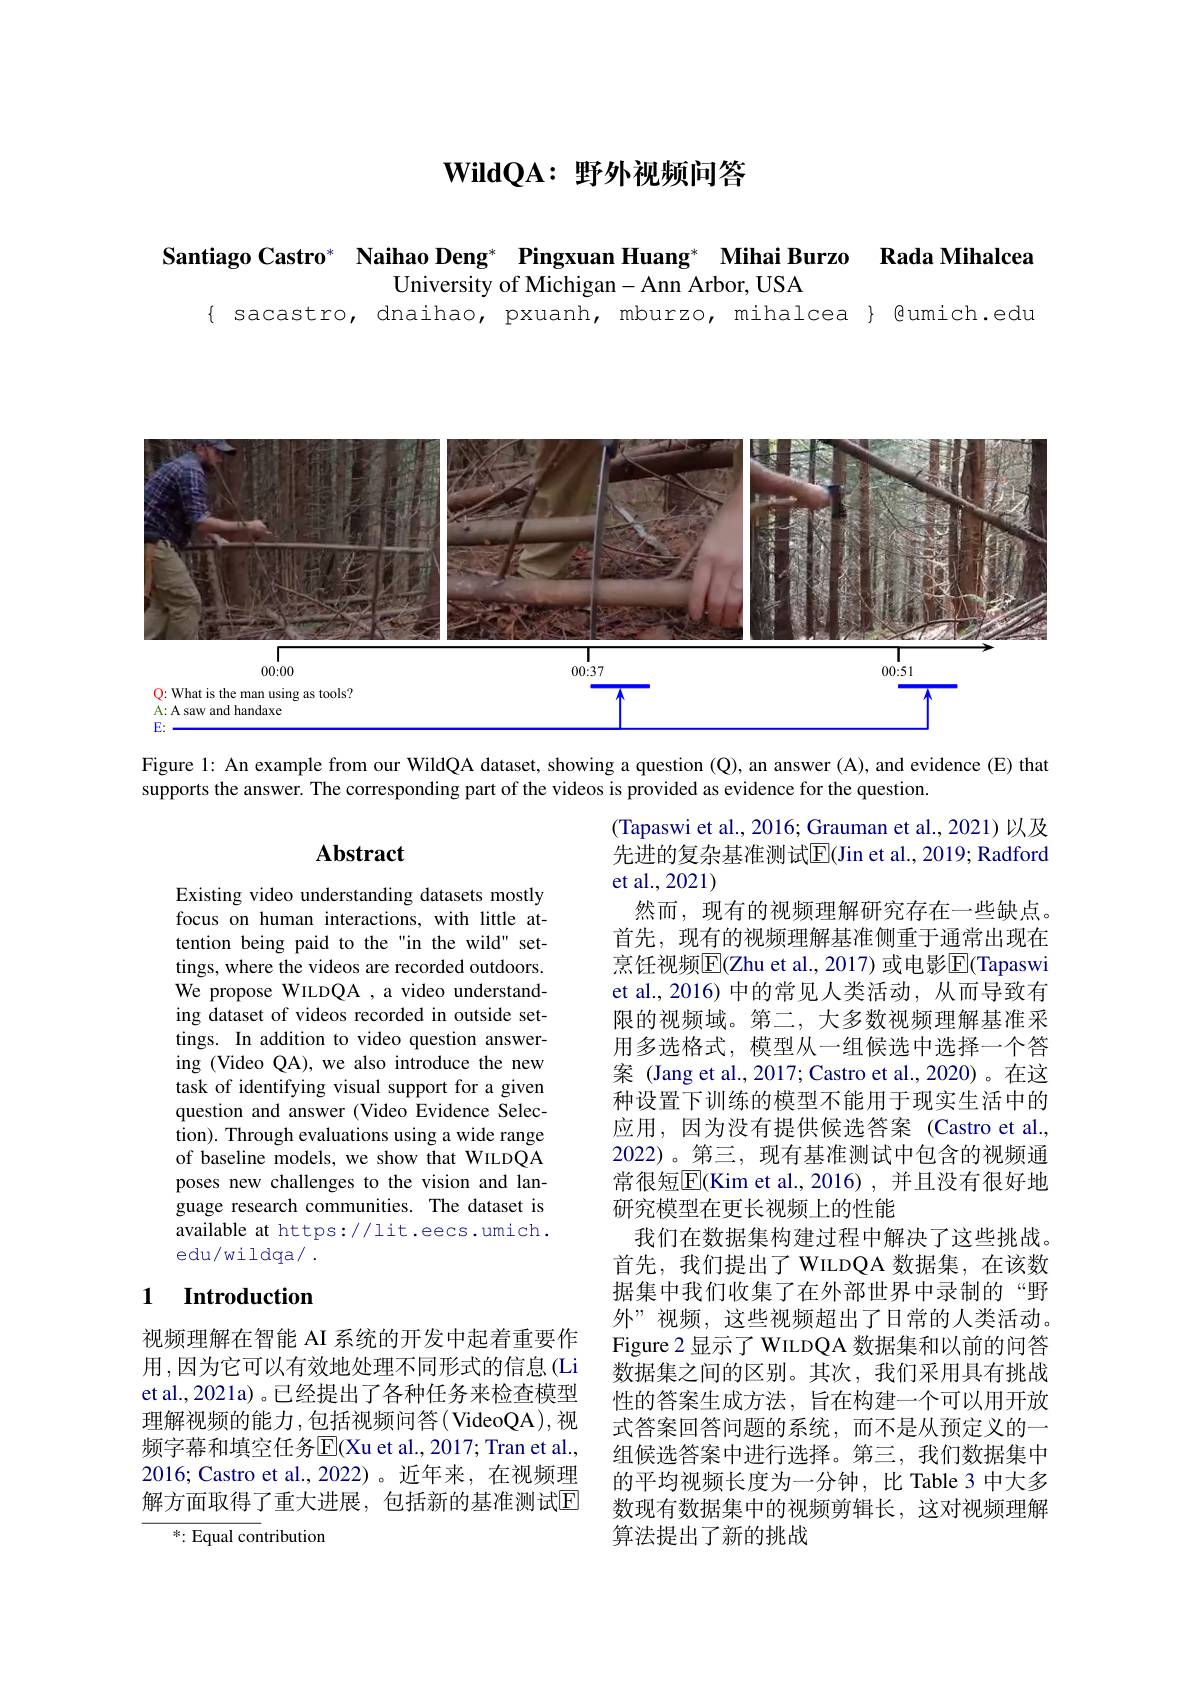
$\mathbf{WildQA:~野外视频问答}$

Rada Mihalcea

Santiago Castro$^*$ $\textbf{Naihao Deng}^*$ $\textbf{Pingxuan Huang}^*$ $\textbf{Mihai Burzo}$

$\bar{\text{University of Michigan-Ann Arbor, USA}}$
$\{ sacastro, dnaihao, pxuanh, mburzo, mihalcea Qumich.edu$

<FigureHere>

Figure l: An example from our WildQA dataset, showing a question (Q), an answer (A), and evidence (E) that
supports the answer. The corresponding part of the videos is provided as evidence for the question.

## Abstract

Existing video understanding datasets mostly focus on human interactions, with little attention being paid to the"in the wild" settings, where the videos are recorded outdoors. We propose WILDQA ,a video understanding dataset of videos recorded in outside settings. In addition to video question answering (Video QA),we also introduce the new task of identifying visual support for a given question and answer (Video Evidence Selection). Through evaluations using a wide range of baseline models, we show that WILDQA poses new challenges to the vision and language research communities. The dataset is available at https://lit.eecs.umich. edu/wildqa/ .

(Tapaswi et al., 2016; Grauman et al., 2021) 以及先进的复杂基准测试$\overline{\mathrm{E}}($Jin et al., 2019; Radford et al.,2021)
然而，现有的视频理解研究存在一些缺点。首先，现有的视频理解基准侧重于通常出现在烹饪视频$\overline{\mathrm{E}}$(Zhu et al., 2017) 或电影$\overline{\mathrm{E}}$(Tapaswi et al., 2016) 中的常见人类活动，从而导致有限的视频域。第二，大多数视频理解基准采用多选格式，模型从一组候选中选择一个答案 (Jang et al., 2017; Castro et al., 2020)。在这种设置下训练的模型不能用于现实生活中的应用，因为没有提供候选答案(Castro et al. 2022)。第三，现有基准测试中包含的视频通常很短$\overline{\mathrm{E}}($Kim et al.,2016),并且没有很好地研究模型在更长视频上的性能
我们在数据集构建过程中解决了这些挑战。首先，我们提出了 WILDQA 数据集，在该数据集中我们收集了在外部世界中录制的“野外”视频，这些视频超出了日常的人类活动。Figure 2 显示了 WILDQA 数据集和以前的问答数据集之间的区别。其次，我们采用具有挑战性的答案生成方法，旨在构建一个可以用开放式答案回答问题的系统，而不是从预定义的一组候选答案中进行选择。第三，我们数据集中的平均视频长度为一分钟，比 Table 3 中大多数现有数据集中的视频剪辑长，这对视频理解算法提出了新的挑战

## 1 Introduction

视频理解在智能 AI 系统的开发中起着重要作用，因为它可以有效地处理不同形式的信息(Li et al., 2021a) 。已经提出了各种任务来检查模型理解视频的能力，包括视频问答( VideoQA),视频字幕和填空任务$\overline{\mathrm{E}}($Xu et al., 2017; Tran et al., 2016; Castro et al.,2022)。近年来，在视频理解方面取得了重大进展，包括新的基准测试$\color{red}{\mathrm{E}}$

*:Equal contribution